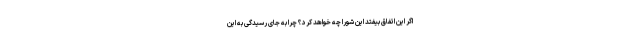
اگر این اتفاق بیفتد این شورا چه خواهد کرد؟ چرا به جای رسیدگی به این